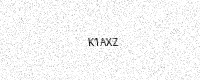
Text: K1AXZ